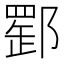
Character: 𨝪